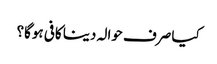
کیا صرف حوالہ دینا کافی ہوگا؟